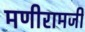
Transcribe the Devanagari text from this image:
मणीरामजी